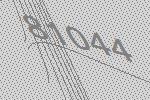
81044